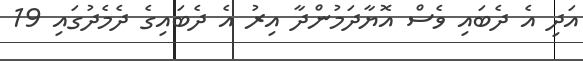
އަދި އެ ދެބައި ވެސް އޮޔާދަމުންދާ އިރު އެ ދެބައިގެ ދެމެދުގައި 19